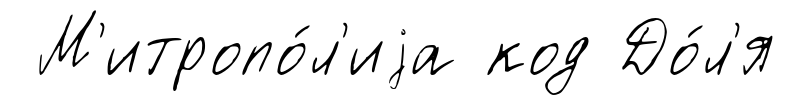
М'итропо́л'иjа код До́л'я